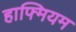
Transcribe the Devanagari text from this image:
हाफ्मियम